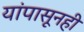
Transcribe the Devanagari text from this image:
यांपासूनही